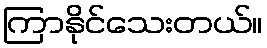
ကြာနိုင်သေးတယ်။